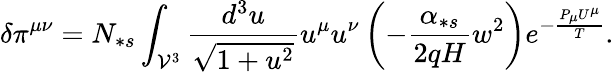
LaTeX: \delta\pi^{\mu\nu}=N_{\ast s}\int_{\mathcal{V}^{3}}\frac{d^{3}u}{\sqrt{1+u^{2}}}u^{\mu}u^{\nu}\left(-\frac{\alpha_{\ast s}}{2qH}w^{2}\right)e^{-\frac{P_{\mu}U^{\mu}}{T}}.